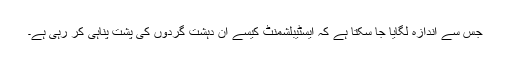
جس سے اندازہ لگایا جا سکتا ہے کہ ایسٹیبلشمنٹ کیسے ان دہشت گردوں کی پشت پناہی کر رہی ہے۔